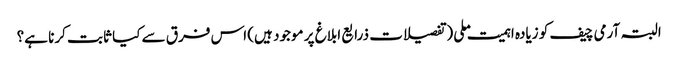
البتہ آرمی چیف کو زیادہ اہمیت ملی (تفصیلات ذرایع ابلاغ پر موجود ہیں) اس فرق سے کیا ثابت کرنا ہے؟